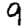
Digit: 9